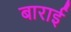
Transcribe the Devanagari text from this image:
बाराई